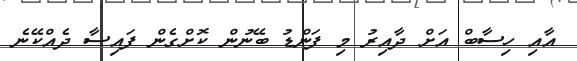
އާއި ހިސާބް އަށް ދާއިރު މި ފަންޑު ބޭނުން ކޮށްގެން ފައިސާ ދެއްކޭނެ